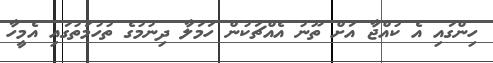
ހިންގައި އެ ކުއްޖާ އަށް ތޫނު އެއްޗަކުން ހަމަލާ ދިނުމުގެ ތުހުމަތުގައި އެމީހާ